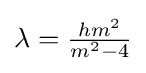
\textstyle \lambda ={hm^{2} \over m^{2}-4}